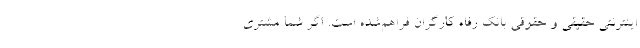
اینترنتی حقیقی و حقوقی بانک رفاه کارگران فراهم‌شده است. اگر شما مشتری